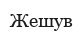
Жешув